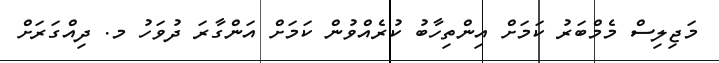
މަޖިލިސް މެމްބަރު ކަމަށް އިންތިހާބު ކުރެއްވުން ކަމަށް އަންގާރަ ދުވަހު މ. ދިއްގަރަށް